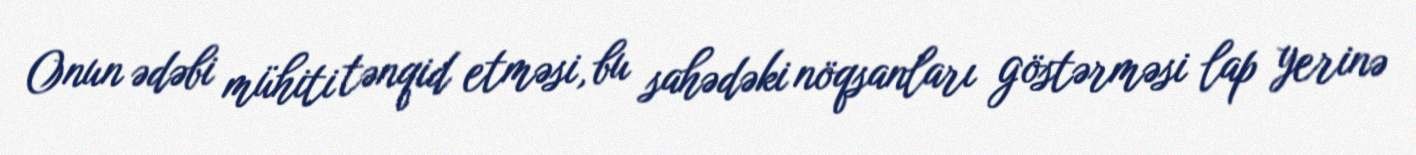
Onun ədəbi mühiti tənqid etməsi, bu sahədəki nöqsanları göstərməsi lap yerinə